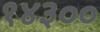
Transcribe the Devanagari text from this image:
१४३००